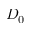
D _ { 0 }